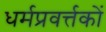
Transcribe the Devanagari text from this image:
धर्मप्रवर्त्तकों